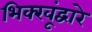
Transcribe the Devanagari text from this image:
भिक्खूंद्वारे